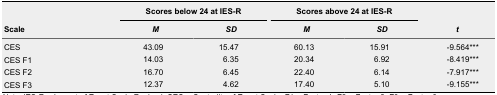
| <ROWSPAN=2> Scale | <COLSPAN=2> Scores below 24 at IES-R | <COLSPAN=2> Scores above 24 at IES-R | <ROWSPAN=2> t |
 | M | SD | M | SD |
 | --- | --- | --- | --- | --- | --- |
 | CES | 43.09 | 15.47 | 60.13 | 15.91 | -9.564*** |
 | CES F1 | 14.03 | 6.35 | 20.34 | 6.92 | -8.419*** |
 | CES F2 | 16.70 | 6.45 | 22.40 | 6.14 | -7.917*** |
 | CES F3 | 12.37 | 4.62 | 17.40 | 5.10 | -9.155*** |